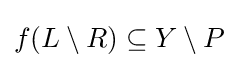
f(L\setminus R)\subseteq Y\setminus P